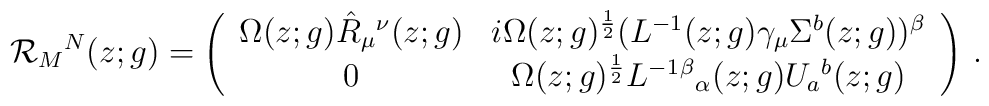
{\cal R}_{M}{}^{N}(z;g)=\left(\begin{array}{cc}\Omega(z;g)\hat{R}_{\mu}{}^{\nu}(z;g)&i\Omega(z;g)^{\frac{1}{2}}(L^{-1}(z;g)\gamma_{\mu}\Sigma^{b}(z;g))^{\beta}\\0&\Omega(z;g)^{\frac{1}{2}}L^{-1}{}^{\beta}{}_{\alpha}(z;g)U_{a}{}^{b}(z;g)\end{array}\right)\,.